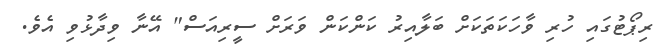
ރިޕޯޓުގައި ހުރި ވާހަކަތަކަށް ބަލާއިރު ކަންކަން ވަރަށް ސީރިއަސް" އޭނާ ވިދާޅުވި އެވެ.